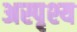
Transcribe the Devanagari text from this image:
अस्पृश्‍य